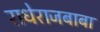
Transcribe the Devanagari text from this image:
राधेराजबाबा